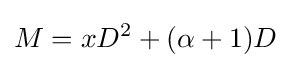
M=xD^{2}+(\alpha +1)D